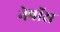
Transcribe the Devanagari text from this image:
नेपॉस